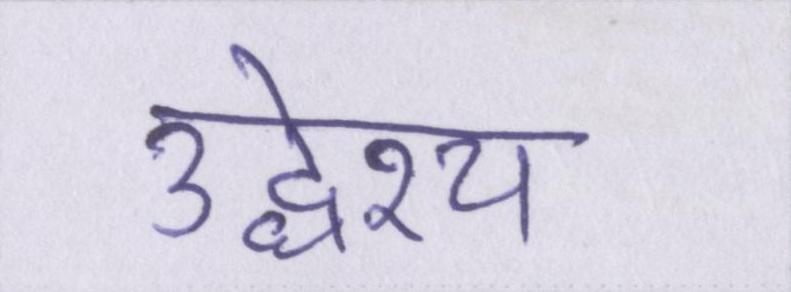
उद्धेश्य